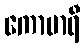
ကောမာရီ